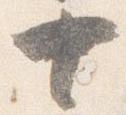
十